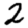
Digit: 2